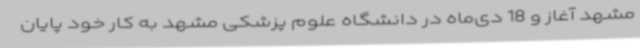
مشهد آغاز و 18 دی‌ماه در دانشگاه علوم پزشکی مشهد به کار خود پایان